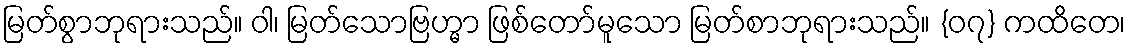
မြတ်စွာဘုရားသည်။ ဝါ၊ မြတ်သောဗြဟ္မာ ဖြစ်တော်မူသော မြတ်စာဘုရားသည်။ {၀၇} ကထိတေ၊